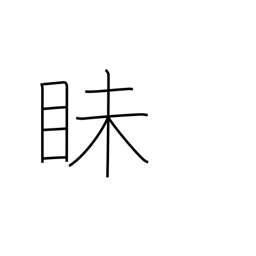
Meaning: dark